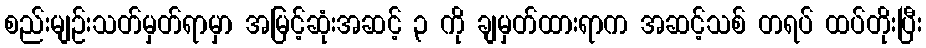
စည်းမျဉ်းသတ်မှတ်ရာမှာ အမြင့်ဆုံးအဆင့် ၃ ကို ချမှတ်ထားရာက အဆင့်သစ် တရပ် ထပ်တိုးပြီး